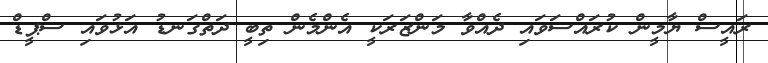
ރައީސް ޔާމީން ކުރައްސަވައި ދެއްވާ މަންޒަރަކީ އެންމެން ތިބީ ދަތްގަނޑު އަޅުވައި ސްޕީޑް